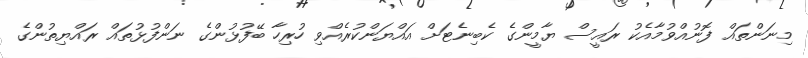
މިނަންތައް ފޮނުއްވުމާއެކު ރައީސް ޔާމީންގެ ކެބިނެޓަށް އައްޔަންކުރެއްވި ހުރިހާ ބޭފުޅުންގެ ނަންފުޅުތައް ރައްޔިތުންގެ